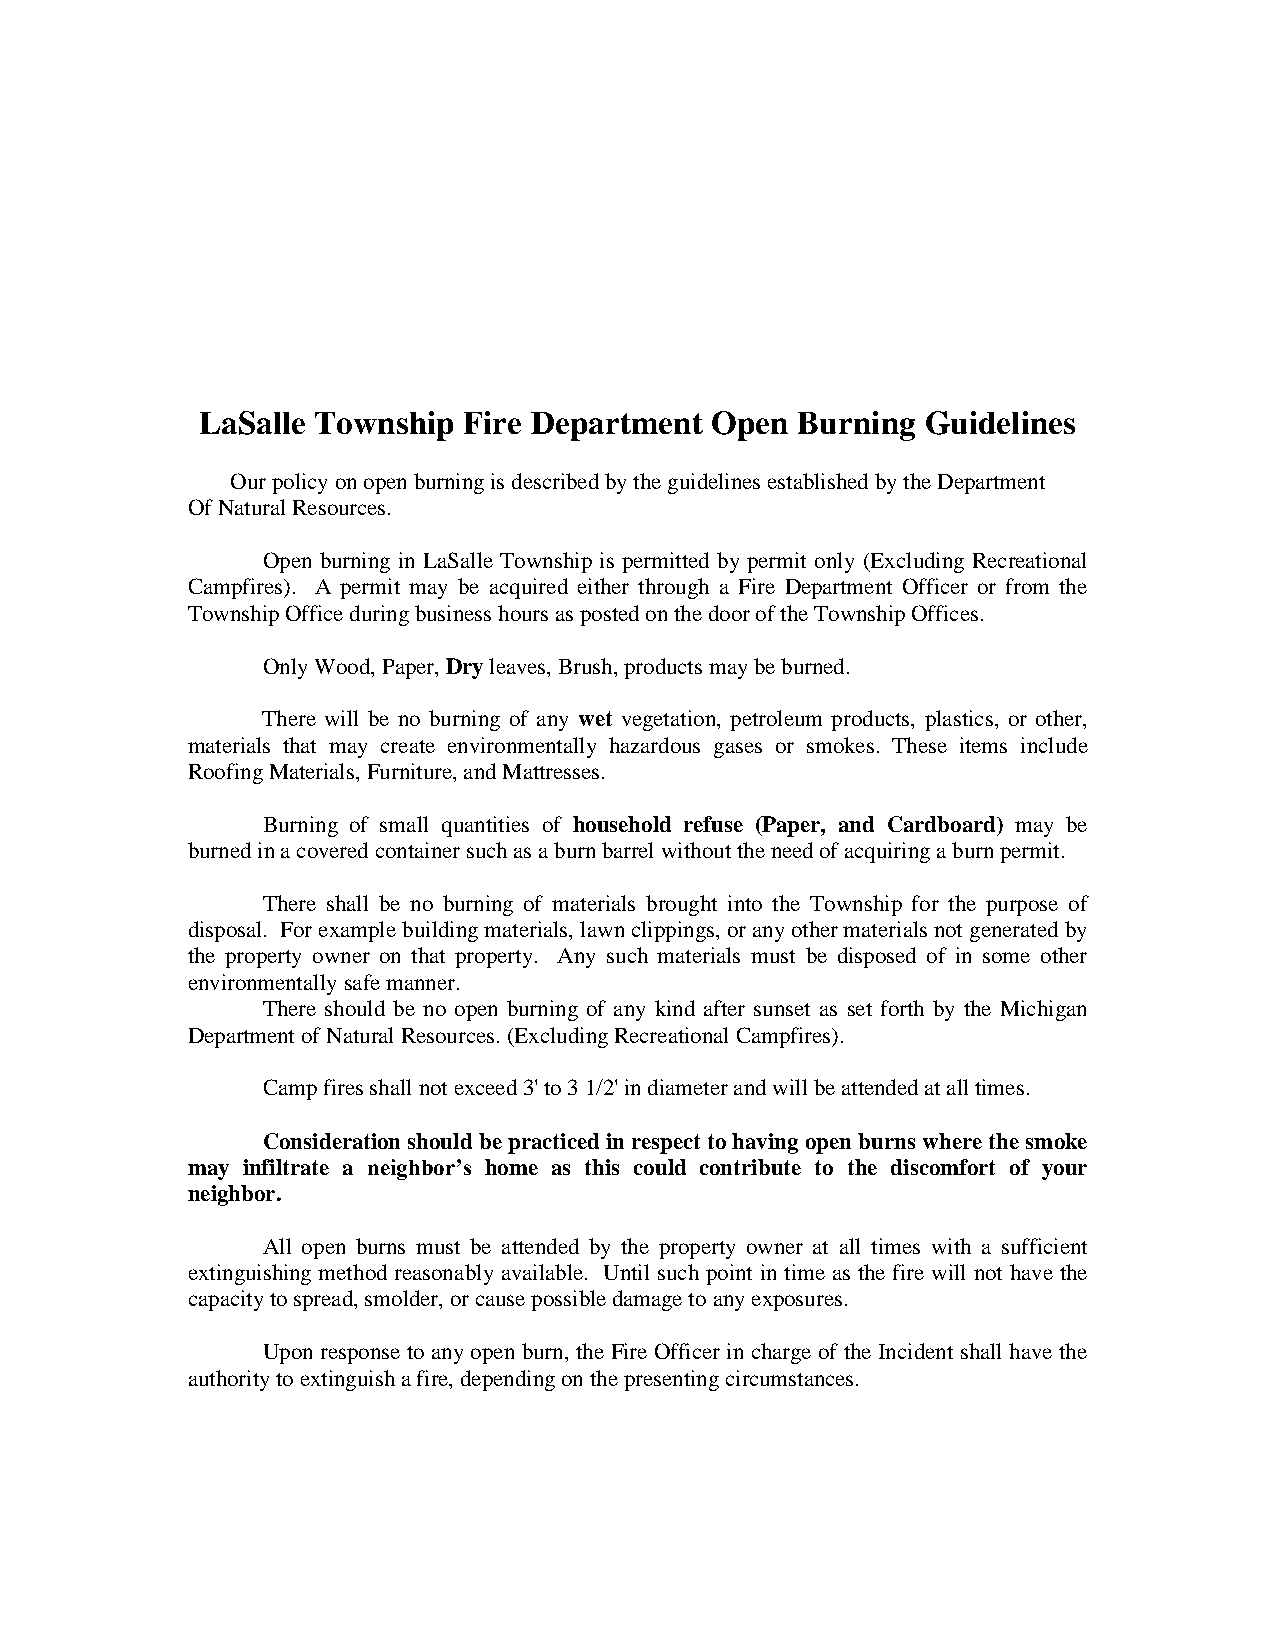
LaSalle Township  Fire Department Open  Burning Guidelines
 Our policy on open burning is described by the guidelines established by the Department
 Of Natural Resources.
 Open burning in LaSalle Township is permitted by permit only (Excluding Recreational
 Campfires). A permit may be acquired either through a Fire Department Officer or from the
 Township Office during business hours as posted on the door of the Township Offices.
 Only Wood, Paper, Dry leaves, Brush, products may be burned.
 There will be no burning of any wet vegetation, petroleum products, plastics, or other,
 materials that may create environmentally hazardous gases or smokes. These items include
 Roofing Materials, Furniture, and Mattresses.
 Burning of small quantities of household refuse (Paper, and Cardboard) may be
 burned in a covered container such as a burn barrel without the need of acquiring a burn permit.
 There shall be no burning of materials brought into the Township for the purpose of
 disposal. For example building materials, lawn clippings, or any other materials not generated by
 the property owner on that property. Any such materials must be disposed of in some other
 environmentally safe manner.
 There should be no open burning of any kind after sunset as set forth by the Michigan
 Department of Natural Resources. (Excluding Recreational Campfires).
 Camp fires shall not exceed 3' to 3 1/2' in diameter and will be attended at all times.
 Consideration should be practiced in respect to having open burns where the smoke
 may infiltrate a neighbor’s home as this could contribute to the discomfort of your
 neighbor.
 All open burns must be attended by the property owner at all times with a sufficient
 extinguishing method reasonably available. Until such point in time as the fire will not have the
 capacity to spread, smolder, or cause possible damage to any exposures.
 Upon response to any open burn, the Fire Officer in charge of the Incident shall have the
 authority to extinguish a fire, depending on the presenting circumstances.